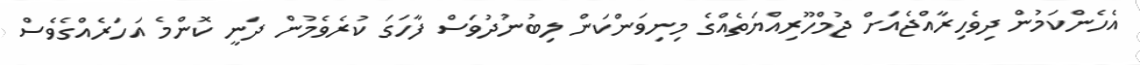
އެހެންކަމުން ދިވެހިރާއްޖެއަށް ޖުމްހޫރިއްޔަތެއްގެ މިނިވަންކަން ލިބުނުދުވަސް ފާހަގަ ކުރެވެމުން ދަނީ ކޮންމެ އަހަރެއްގެވެސް